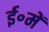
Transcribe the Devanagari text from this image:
ई॰में